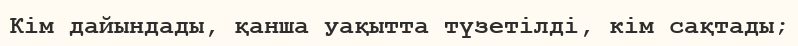
Кім дайындады, қанша уақытта түзетілді, кім сақтады;